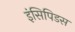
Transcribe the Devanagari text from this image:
इंसिपिडस